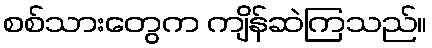
စစ်သားတွေက ကျိန်ဆဲကြသည်။